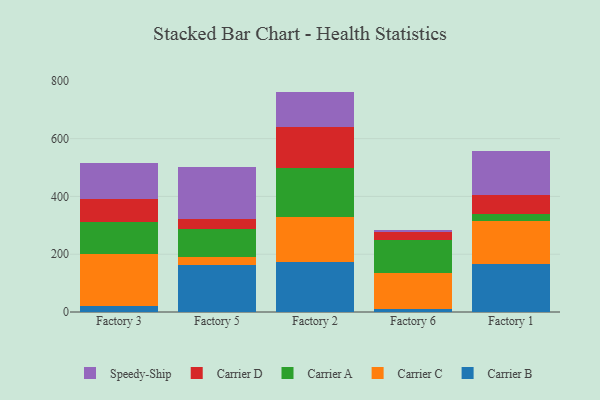
{"axis": {"x": "Factory", "y": "Churn Rate (%)"}, "legend": ["Carrier A", "Carrier B", "Carrier C", "Carrier D", "Speedy-Ship"], "data": [{"x": "Factory 3", "y": 21.8, "type": "Carrier B"}, {"x": "Factory 3", "y": 177.9, "type": "Carrier C"}, {"x": "Factory 3", "y": 111.3, "type": "Carrier A"}, {"x": "Factory 3", "y": 80.1, "type": "Carrier D"}, {"x": "Factory 3", "y": 125.5, "type": "Speedy-Ship"}, {"x": "Factory 5", "y": 161.3, "type": "Carrier B"}, {"x": "Factory 5", "y": 28.7, "type": "Carrier C"}, {"x": "Factory 5", "y": 96.2, "type": "Carrier A"}, {"x": "Factory 5", "y": 36.8, "type": "Carrier D"}, {"x": "Factory 5", "y": 178.8, "type": "Speedy-Ship"}, {"x": "Factory 2", "y": 174.7, "type": "Carrier B"}, {"x": "Factory 2", "y": 153.9, "type": "Carrier C"}, {"x": "Factory 2", "y": 169.7, "type": "Carrier A"}, {"x": "Factory 2", "y": 143.3, "type": "Carrier D"}, {"x": "Factory 2", "y": 121.2, "type": "Speedy-Ship"}, {"x": "Factory 6", "y": 9.9, "type": "Carrier B"}, {"x": "Factory 6", "y": 126.5, "type": "Carrier C"}, {"x": "Factory 6", "y": 113.8, "type": "Carrier A"}, {"x": "Factory 6", "y": 26.3, "type": "Carrier D"}, {"x": "Factory 6", "y": 8.0, "type": "Speedy-Ship"}, {"x": "Factory 1", "y": 166.4, "type": "Carrier B"}, {"x": "Factory 1", "y": 148.3, "type": "Carrier C"}, {"x": "Factory 1", "y": 24.6, "type": "Carrier A"}, {"x": "Factory 1", "y": 66.5, "type": "Carrier D"}, {"x": "Factory 1", "y": 150.3, "type": "Speedy-Ship"}]}